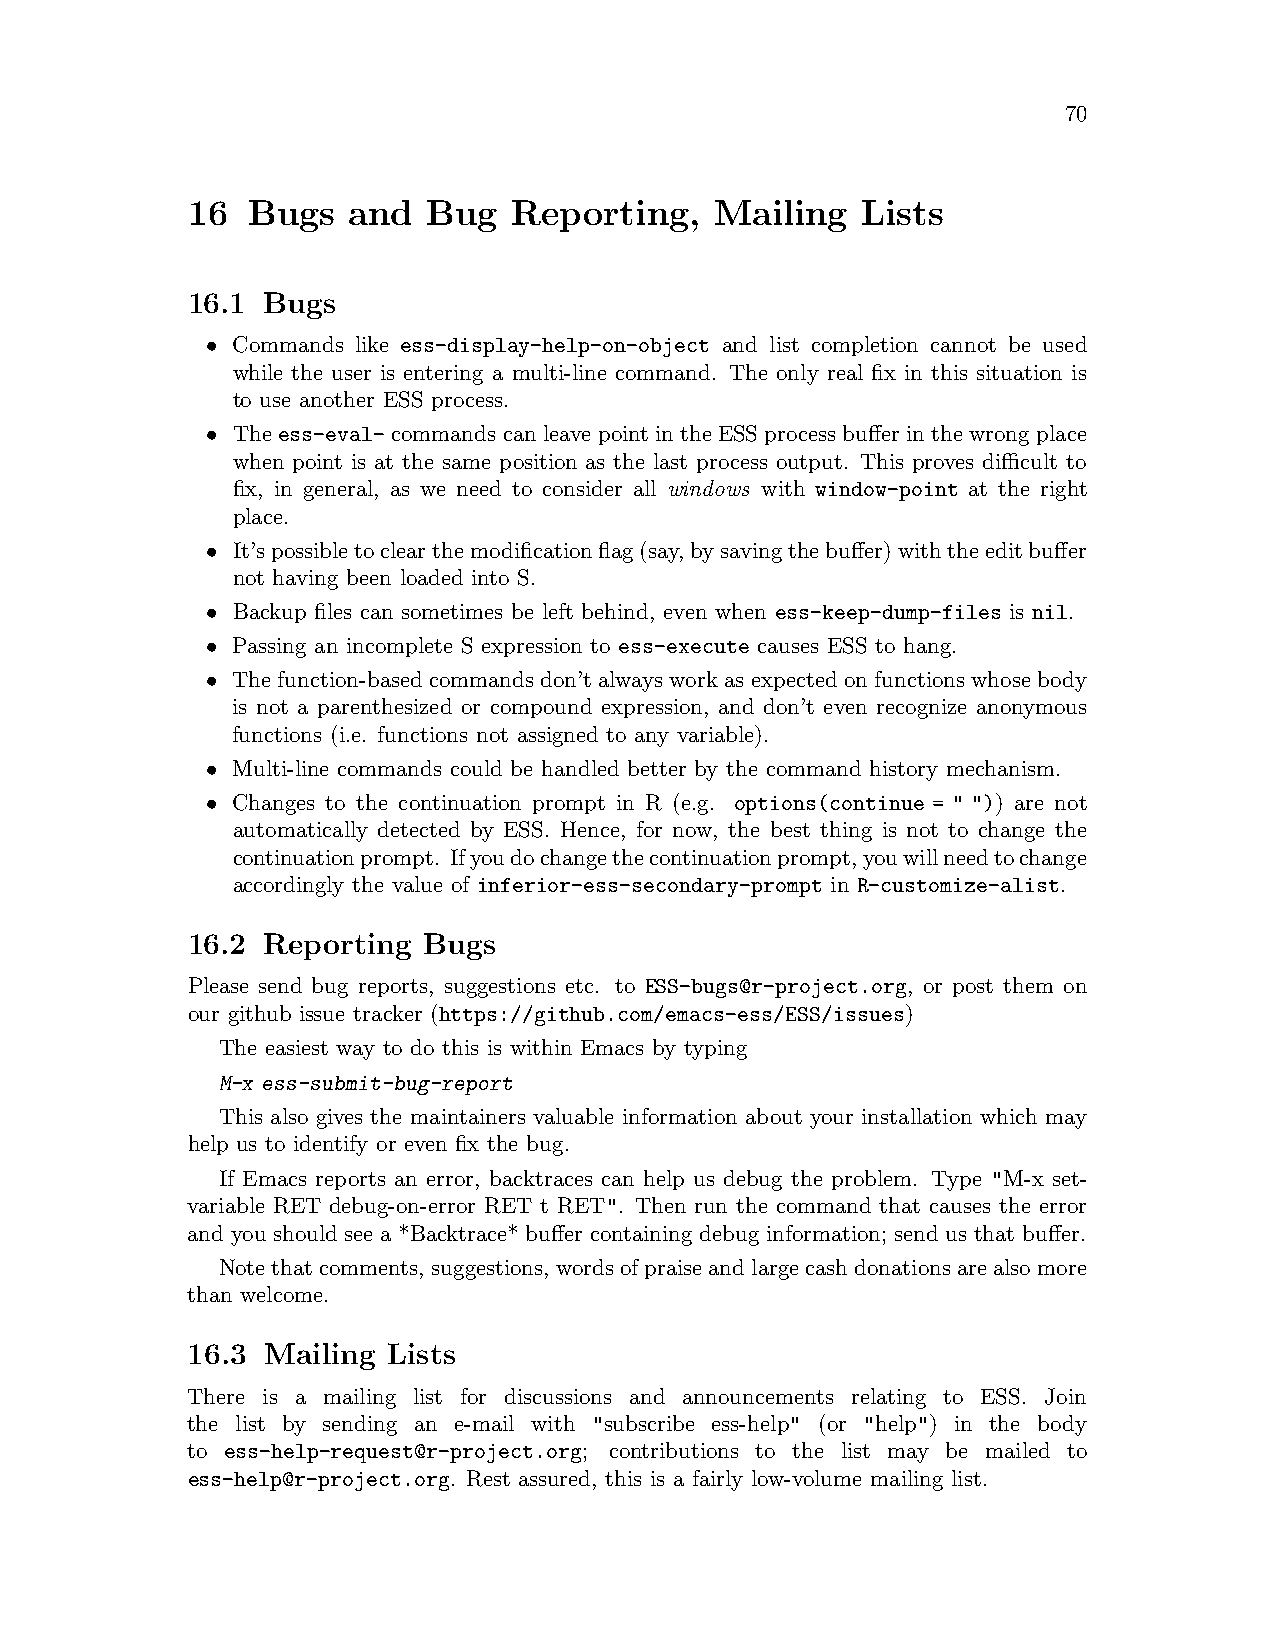
70
 16  Bugs   and  Bug   Reporting,   Mailing   Lists
 16.1 Bugs
 • Commands like ess-display-help-on-object and list completion cannot be used
 while the user is entering a multi-line command. The only real fix in this situation is
 to use another ESS process.
 • Theess-eval-commandscanleavepointintheESSprocessbufferinthewrongplace
 when point is at the same position as the last process output. This proves difficult to
 fix, in general, as we need to consider all windows with window-point at the right
 place.
 • It’spossibletoclearthemodificationflag(say,bysavingthebuffer)withtheeditbuffer
 not having been loaded into S.
 • Backup files can sometimes be left behind, even when ess-keep-dump-files is nil.
 • Passing an incomplete S expression to ess-execute causes ESS to hang.
 • The function-based commands don’t always work as expected on functions whose body
 is not a parenthesized or compound expression, and don’t even recognize anonymous
 functions (i.e. functions not assigned to any variable).
 • Multi-line commands could be handled better by the command history mechanism.
 • Changes to the continuation prompt in R (e.g. options(continue = " ")) are not
 automatically detected by ESS. Hence, for now, the best thing is not to change the
 continuationprompt. Ifyoudochangethecontinuationprompt,youwillneedtochange
 accordingly the value of inferior-ess-secondary-prompt in R-customize-alist.
 16.2 Reporting  Bugs
 Please send bug reports, suggestions etc. to ESS-bugs@r-project.org, or post them on
 our github issue tracker (https://github.com/emacs-ess/ESS/issues)
 The easiest way to do this is within Emacs by typing
 M-x ess-submit-bug-report
 This also gives the maintainers valuable information about your installation which may
 help us to identify or even fix the bug.
 If Emacs reports an error, backtraces can help us debug the problem. Type "M-x set-
 variable RET debug-on-error RET t RET". Then run the command that causes the error
 and you should see a *Backtrace* buffer containing debug information; send us that buffer.
 Notethatcomments, suggestions, wordsofpraiseandlargecashdonationsarealsomore
 than welcome.
 16.3 Mailing  Lists
 There is a mailing list for discussions and announcements relating to ESS. Join
 the list by sending an e-mail with "subscribe ess-help" (or "help") in the body
 to ess-help-request@r-project.org; contributions to the list may be mailed to
 ess-help@r-project.org. Rest assured, this is a fairly low-volume mailing list.